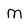
Character: m